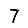
Digit: 7